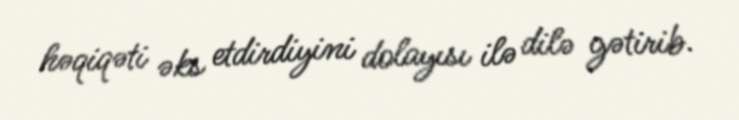
həqiqəti əks etdirdiyini dolayısı ilə dilə gətirib.